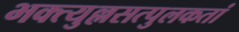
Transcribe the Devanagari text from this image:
भक्त्युल्लसत्पुलकतां